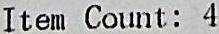
ITEM COUNT: 4